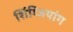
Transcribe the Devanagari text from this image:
शिंग्जियांग